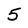
Character: 5